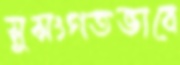
সুসংগতভাবে